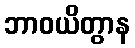
ဘာဝယိတွာန